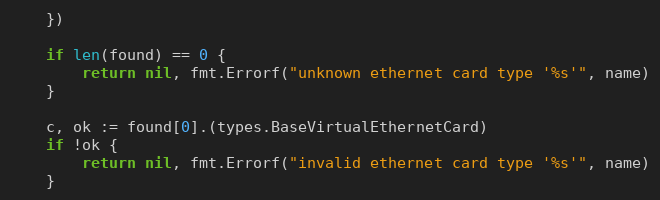
Language: Go
	})

	if len(found) == 0 {
		return nil, fmt.Errorf("unknown ethernet card type '%s'", name)
	}

	c, ok := found[0].(types.BaseVirtualEthernetCard)
	if !ok {
		return nil, fmt.Errorf("invalid ethernet card type '%s'", name)
	}